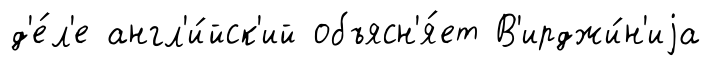
д'е́л'е англ'и́йск'ий объясн'я́ет В'ирджи́н'иjа